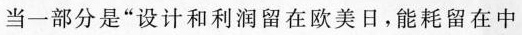
当一部分是”设计和利润留在欧美日，能耗留在中